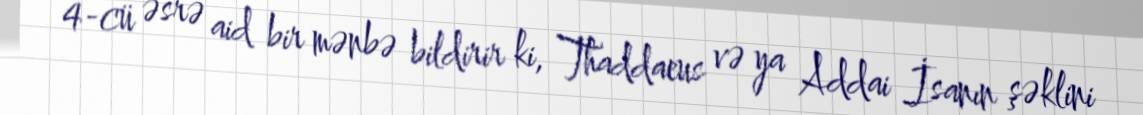
4-cü əsrə aid bir mənbə bildirir ki, Thaddaeus və ya Addai İsanın şəklini